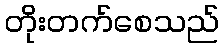
တိုးတက်စေသည်